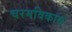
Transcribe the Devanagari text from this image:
चरमविकास